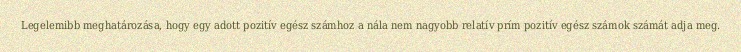
Legelemibb meghatározása, hogy egy adott pozitív egész számhoz a nála nem nagyobb relatív prím pozitív egész számok számát adja meg.